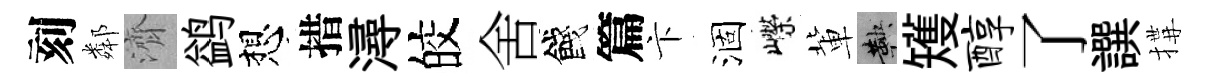
刻鄰濟鹢想措潯皎舍餞篇卞涸嶸軰鞅矱醇了譔搆